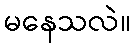
မနေသလဲ။